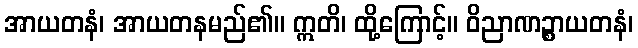
အာယတနံ၊ အာယတနမည်၏။ ဣတိ၊ ထို့ကြောင့်။ ဝိညာဏဉ္စာယတနံ၊